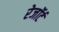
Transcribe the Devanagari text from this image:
रेजॉर्ट